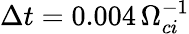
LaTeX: \Delta t=0.004\, \Omega_{ci}^{-1}